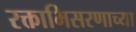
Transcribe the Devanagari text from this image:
रक्ताभिसरणाच्या